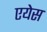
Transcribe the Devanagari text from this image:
एयेस